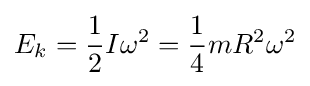
E_{k}={\frac {1}{2}}I\omega ^{2}={\frac {1}{4}}mR^{2}\omega ^{2}